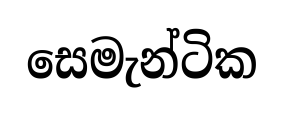
සෙමැන්ටික